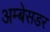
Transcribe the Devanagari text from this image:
अम्बेसडर